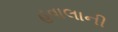
હવાલાની